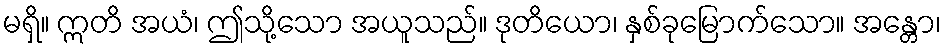
မရှိ။ ဣတိ အယံ၊ ဤသို့သော အယူသည်။ ဒုတိယော၊ နှစ်ခုမြောက်သော။ အန္တော၊